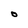
Character: O